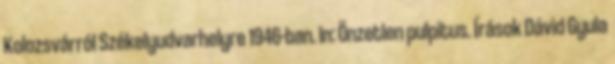
Kolozsvárról Székelyudvarhelyre 1946-ban. In: Önzetlen pulpitus. Írások Dávid Gyula